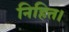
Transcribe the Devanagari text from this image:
निहित।